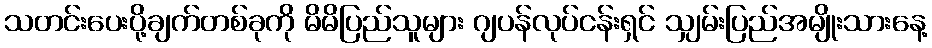
သတင်းပေးပို့ချက်တစ်ခုကို မိမိပြည်သူများ ဂျပန်လုပ်ငန်းရှင် သျှမ်းပြည်အမျိုးသားနေ့